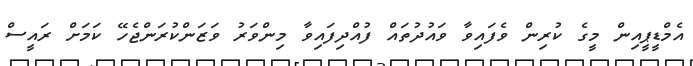
އެމްޑީޕީއިން މީގެ ކުރިން ވެފައިވާ ވައުދުތައް ފުއްދިފައިވާ މިންވަރު ވަޒަންކުރަންޖެހޭ ކަމަށް ރައީސް